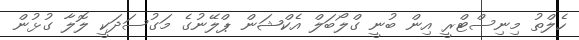
ހެލްތު މިނިސްޓްރީ އިން ބުނީ ގްލޯބަލް އެކްޝަން ޕްލޭނުގެ މަގުސަދަކީ ލޮލާ ގުޅުން